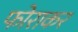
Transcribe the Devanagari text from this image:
फोराकर